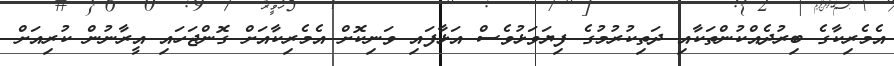
އެމެރިކާގެ ބިރުދެއްކުންތަކާއި ދަތިކުރުމުގެ ފިޔަވަޅުވެސް އަޅާފައި ވަނިކޮށް އެމެރިކާއަށް ގޮންޖަހައި އީރާނުން ކުރިއަށް